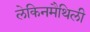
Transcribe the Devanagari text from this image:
लेकिनमैथिली